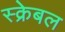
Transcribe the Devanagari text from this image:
स्क्रेबल